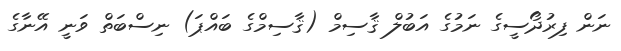
ނަން ފިރުދޯސީގެ ނަމުގެ އަބުލް ޤާސިމް (ޤާސިމްގެ ބައްޕަ) ނިސްބަތް ވަނީ އޭނާގެ